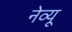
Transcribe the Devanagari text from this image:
नेव्यू